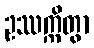
ဥဿက္ကိတွာ